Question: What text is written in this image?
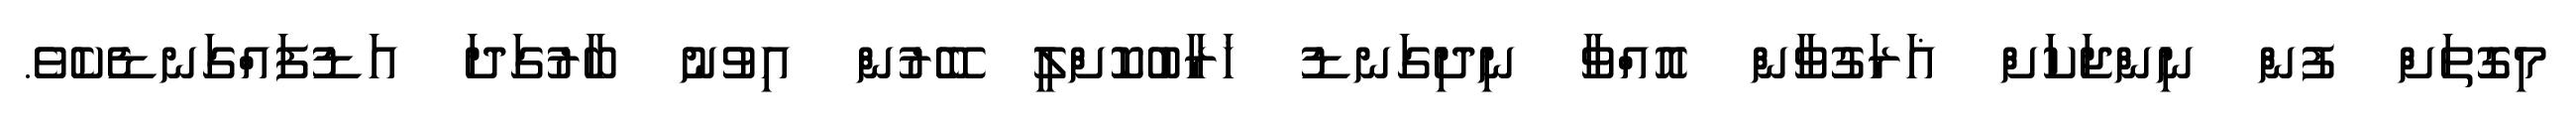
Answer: މިގޮތަށް ފުން ނިންޖަކަށް ޣަރަގުވާން އޮއްވާ ނިދިގަނޑު ޚަރާބުކޮށްލީ ބޭރުން އިވުނު ބާރުގަދަ އަޑުފައްގަނޑެކެވެ.